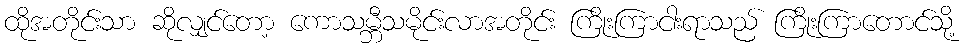
ထိုအတိုင်းသာ ဆိုလျှင်တော့ ကောသမ္ဘီသမိုင်းလာအတိုင်း ကြိုးကြာငါးရာသည် ကြိုးကြာတောင်သို့